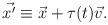
LaTeX: \begin{align*}\vec {x'} \equiv \vec x + \tau (t) \vec v.\end{align*}